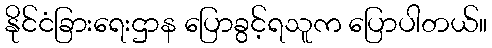
နိုင်ငံခြားရေးဌာန ပြောခွင့်ရသူက ပြောပါတယ်။